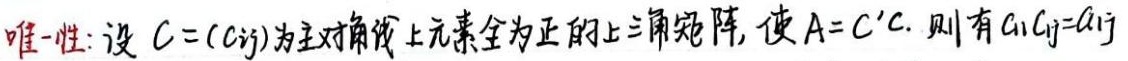
唯一性：设\(C=(c_{ij})\)为主对角线上元素全为正的上三角矩阵，使\(A = C'C\)。则有\(c_{i1}c_{j1}=a_{ij}\)